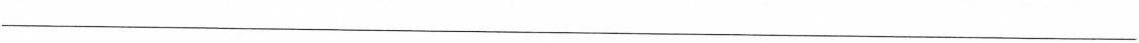
___